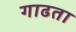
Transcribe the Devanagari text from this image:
गाढता